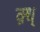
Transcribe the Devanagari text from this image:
क़्ध्